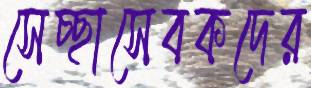
সেচ্ছাসেবকদের